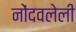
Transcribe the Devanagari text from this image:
नोेंदवलेली